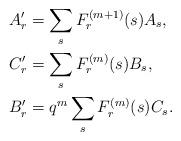
LaTeX: \begin{align*}A'_r&=\sum_sF^{(m+1)}_r(s)A_s,\\C'_r&=\sum_sF^{(m)}_r(s)B_s,\\B'_r&=q^m\sum_sF^{(m)}_r(s)C_s.\end{align*}